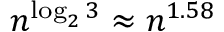
n ^ { \log _ { 2 } 3 } \approx n ^ { 1 . 5 8 }